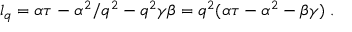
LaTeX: l _ { q } = \alpha \tau - \alpha ^ { 2 } / q ^ { 2 } - q ^ { 2 } \gamma \beta = q ^ { 2 } ( \alpha \tau - \alpha ^ { 2 } - \beta \gamma ) \; .